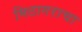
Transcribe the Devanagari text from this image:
मिठागराचा